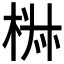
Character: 𣒏